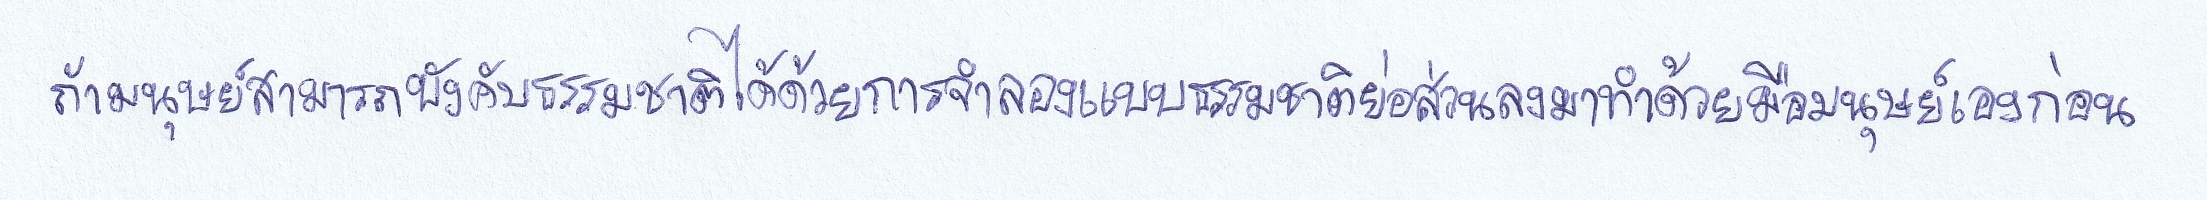
ถ้ามนุษย์สามารถบังคับธรรมชาติได้ด้วยการจำลองแบบธรรมชาติย่อส่วนลงมาทำด้วยมือมนุษย์เองก่อน